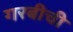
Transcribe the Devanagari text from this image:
गरबीची